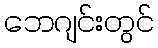
ဘေဂျင်းတွင်